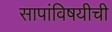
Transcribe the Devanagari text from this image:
सापांविषयीची